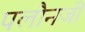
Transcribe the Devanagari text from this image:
पलौनजी